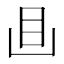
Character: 𥃬